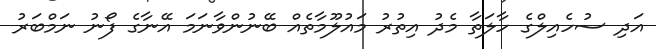
އަދި ސުހެއިލްގެ ހާލަތާ މެދު އިތުރު މައުލޫމާތެއް ބޭނުންވާނަމަ އޭނާގެ ފޯނު ނަމްބަރު